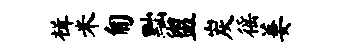
楫米匍黜盥炭徭萋